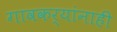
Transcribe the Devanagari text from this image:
गावकर्यांनाही